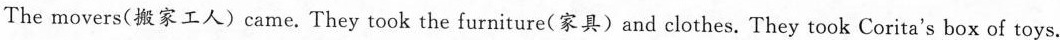
The movers(搬家工人)came. They took the furniture(家具)and clothes. They took Corita's box of toys.